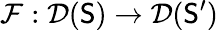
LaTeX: \mathcal{F}:\mathcal{D}(\mathsf{S})\rightarrow\mathcal{D}(\mathsf{S}^{\prime})